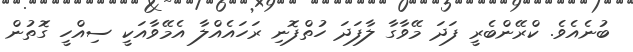
ބުނެއެވެ. ކްރޭންބެރީ ފަދަ މޭވާގާ ލާފަދަ ހުތްފޮނި ރަހައެއްލާ އެމޭވާއަކީ ސިއްހީ ގޮަތުން